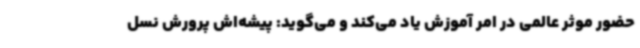
حضور موثر عالمی در امر آموزش یاد می‌کند و می‌گوید: پیشه‌اش پرورش نسل